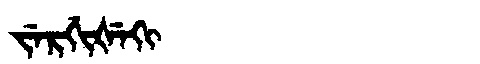
Manchu: ᠵᡝᡵᡤᡳᡧᡝᡴᡳ
Romanization: JERGIŠEKI